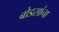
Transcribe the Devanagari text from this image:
बोडसांना